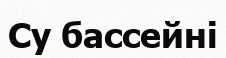
Су бассейні